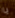
يا